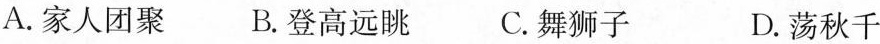
A. 家人团聚 B. 登高远眺 C. 舞狮子 D. 荡秋千